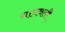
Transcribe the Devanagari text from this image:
नामवली